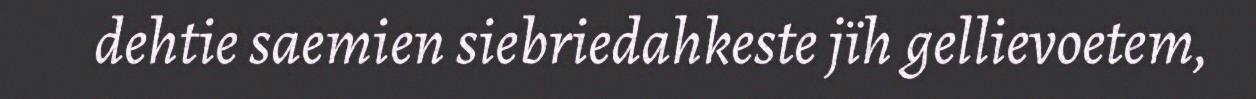
dehtie saemien siebriedahkeste jïh gellievoetem,